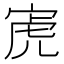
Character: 𫳔